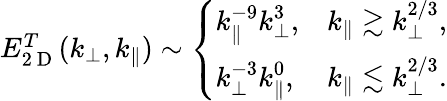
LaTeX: \begin{array}{r}{E_{2\mathrm{~D~}}^{T}(k_{\perp},k_{\parallel})\sim\left\{ \begin{array}{ll}{\displaystyle k_{\parallel}^{-9}k_{\perp}^{3},}&{\displaystyle k_{\parallel}\gtrsim k_{\perp}^{2/3},}\\ {\displaystyle k_{\perp}^{-3}k_{\parallel}^{0},}&{\displaystyle k_{\parallel}\lesssim k_{\perp}^{2/3}.}\end{array}\right.}\end{array}